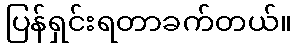
ပြန်ရှင်းရတာခက်တယ်။